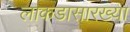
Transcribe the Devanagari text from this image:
लाकडासारख्या